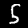
Digit: 5